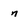
Character: n